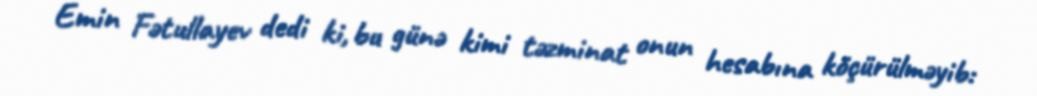
Emin Fətullayev dedi ki, bu günə kimi təzminat onun hesabına köçürülməyib: